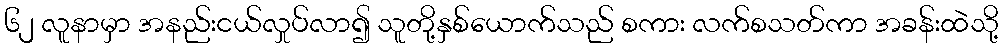
၆၂ လူနာမှာ အနည်းငယ်လှုပ်လာ၍ သူတို့နှစ်ယောက်သည် စကား လက်စသတ်ကာ အခန်းထဲသို့